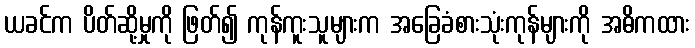
ယခင်က ပိတ်ဆို့မှုကို ဖြတ်၍ ကုန်ကူးသူများက အခြေခံစားသုံးကုန်များကို အဓိကထား